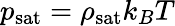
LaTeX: p_{\mathrm{sat}}=\rho_{\mathrm{sat}}k_{B}T